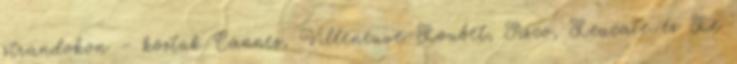
strandokon – köztük Cannes, Villeneuve-Loubet, Sisco, Leucate és Le